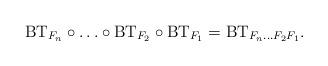
LaTeX: \begin{align*}\mathrm{BT}_{F_n}\circ\ldots\circ\mathrm{BT}_{F_2}\circ\mathrm{BT}_{F_1}=\mathrm{BT}_{F_n\ldots F_2F_1}.\end{align*}